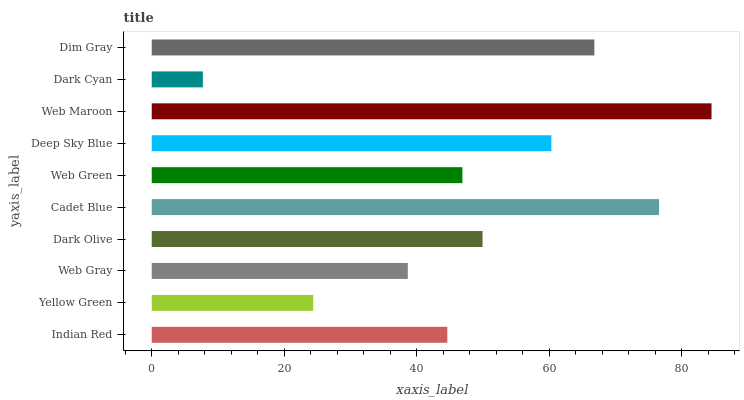
| yaxis_label | bars |
 | --- | --- |
 | Indian Red | 44.6 |
 | Yellow Green | 24.4 |
 | Web Gray | 38.7 |
 | Dark Olive | 49.9 |
 | Cadet Blue | 76.6 |
 | Web Green | 46.9 |
 | Deep Sky Blue | 60.3 |
 | Web Maroon | 84.5 |
 | Dark Cyan | 7.72 |
 | Dim Gray | 66.8 |